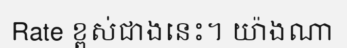
Rate ខ្ពស់ជាងនេះ។ យ៉ាងណា